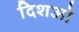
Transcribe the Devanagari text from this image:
दिशओ